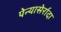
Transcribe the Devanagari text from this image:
पेन्यासेर्रादा